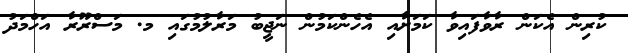
ކުރިން އެކަން ރާވާފައިވާ ކަމަށާއި އެހެންކަމުން ނަޖީބު މަރާލުމުގައި މ. މަސްރޫރާ އަހްމަދު